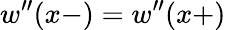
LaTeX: w^{\prime\prime}(x-)=w^{\prime\prime}(x+)